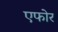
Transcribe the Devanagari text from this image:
एफोर